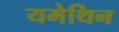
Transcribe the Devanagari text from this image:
यमेथिन